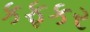
કફકર